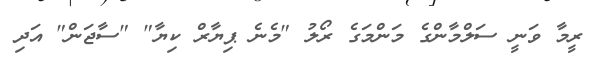
ރީމާ ވަނީ ސަލްމާންގެ މަންމަގެ ރޯލު "މެނެ ޕިޔާރް ކިޔާ" "ސާޖަން" އަދި